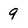
Character: g